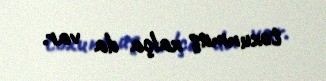
toxunmuş xalça da var.